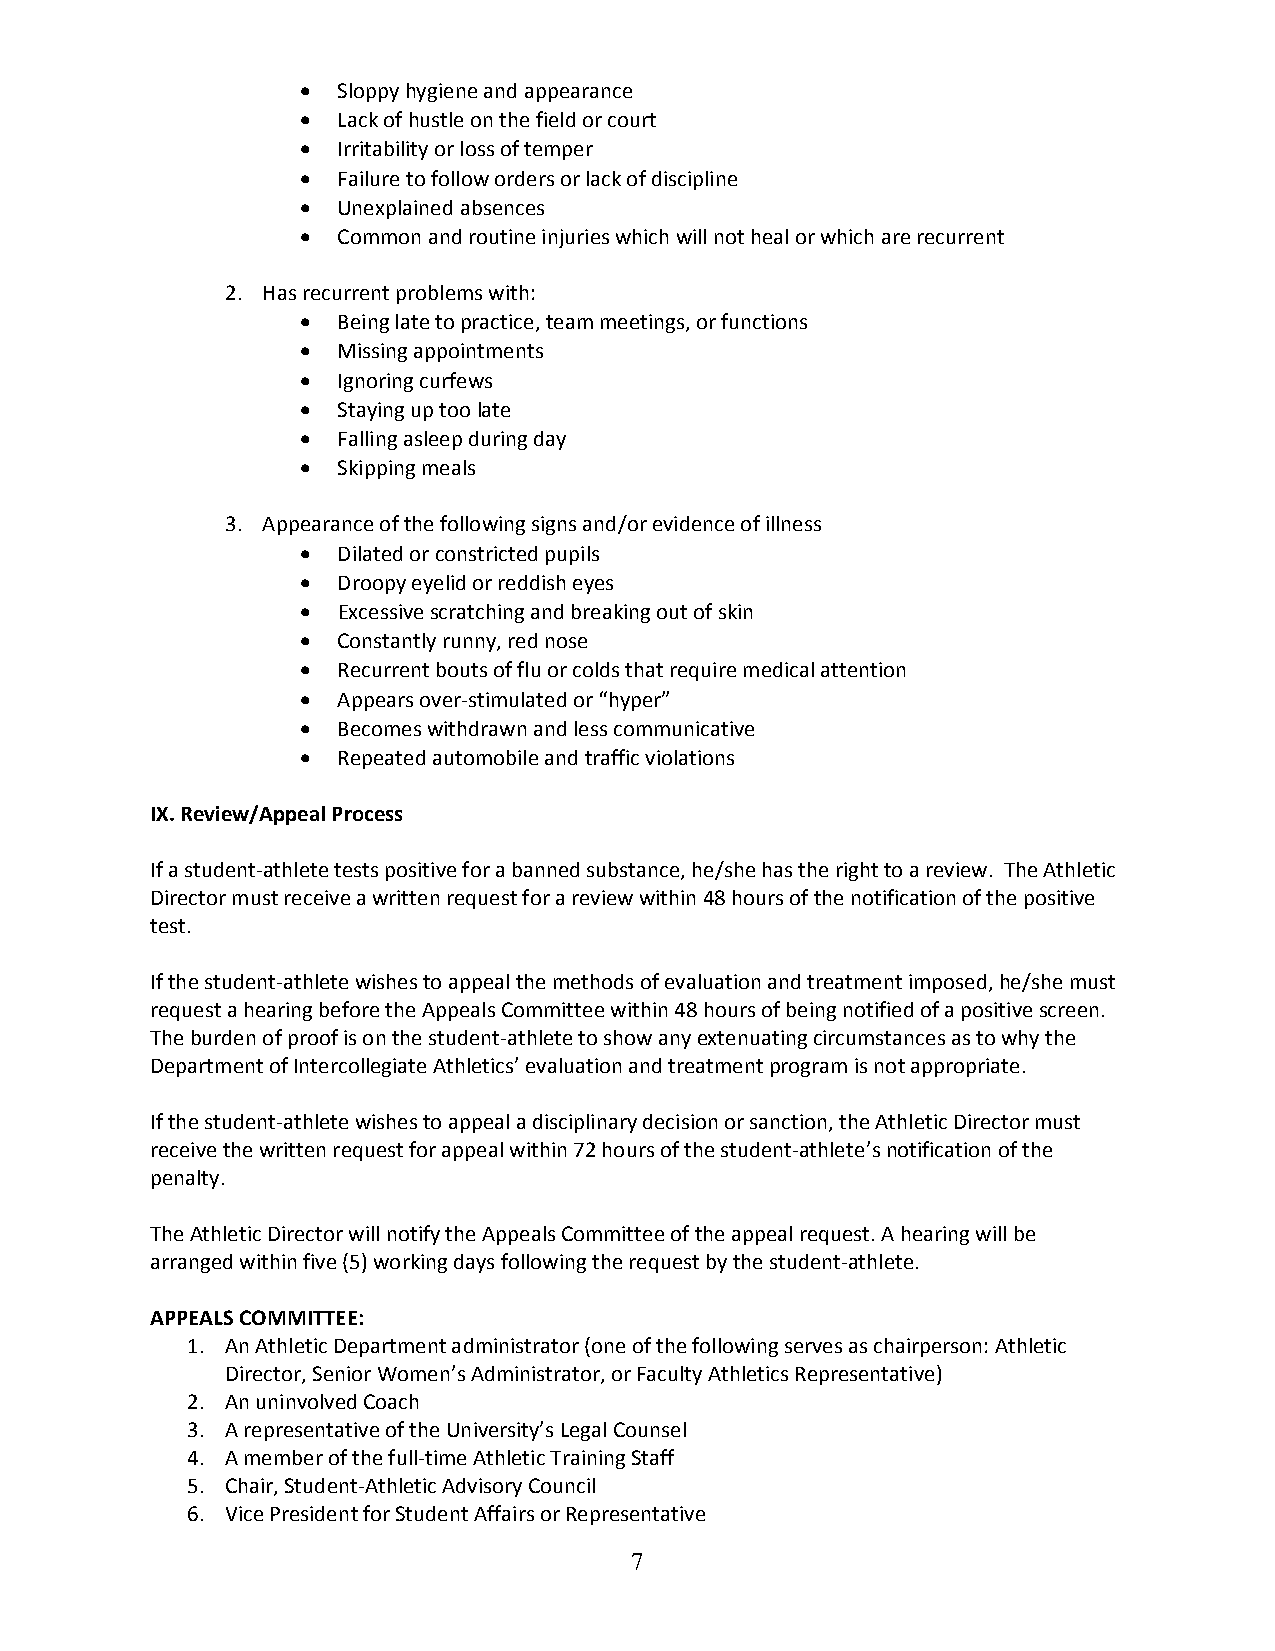
• Sloppy hygiene and appearance
 • Lack of hustle on the field or court
 • Irritability or loss of temper
 • Failure to follow orders or lack of discipline
 • Unexplained absences
 • Common and routine injuries which will not heal or which are recurrent
 2. Has recurrent problems with:
 • Being late to practice, team meetings, or functions
 • Missing appointments
 • Ignoring curfews
 • Staying up too late
 • Falling asleep during day
 • Skipping meals
 3. Appearance of the following signs and/or evidence of illness
 • Dilated or constricted pupils
 • Droopy eyelid or reddish eyes
 • Excessive scratching and breaking out of skin
 • Constantly runny, red nose
 • Recurrent bouts of flu or colds that require medical attention
 • Appears over‐stimulated or “hyper”
 • Becomes withdrawn and less communicative
 • Repeated automobile and traffic violations
 IX. Review/Appeal Process
 If a student‐athlete tests positive for a banned substance, he/she has the right to a review. The Athletic
 Director must receive a written request for a review within 48 hours of the notification of the positive
 test.
 If the student‐athlete wishes to appeal the methods of evaluation and treatment imposed, he/she must
 request a hearing before the Appeals Committee within 48 hours of being notified of a positive screen.
 The burden of proof is on the student‐athlete to show any extenuating circumstances as to why the
 Department of Intercollegiate Athletics’ evaluation and treatment program is not appropriate.
 If the student‐athlete wishes to appeal a disciplinary decision or sanction, the Athletic Director must
 receive the written request for appeal within 72 hours of the student‐athlete’s notification of the
 penalty.
 The Athletic Director will notify the Appeals Committee of the appeal request. A hearing will be
 arranged within five (5) working days following the request by the student‐athlete.
 APPEALS COMMITTEE:
 1. An Athletic Department administrator (one of the following serves as chairperson: Athletic
 Director, Senior Women’s Administrator, or Faculty Athletics Representative)
 2. An uninvolved Coach
 3. A representative of the University’s Legal Counsel
 4. A member of the full‐time Athletic Training Staff
 5. Chair, Student‐Athletic Advisory Council
 6. Vice President for Student Affairs or Representative
 7